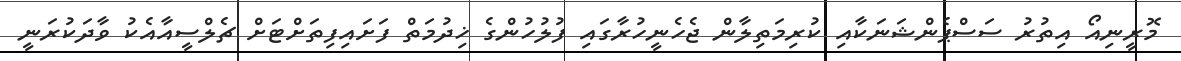
މޮރީނިއޯ އިތުރު ސަސްޕެންޝަނަކާއި ކުރިމަތިލާން ޖެހެނީހުރާގައި ފުލުހުންގެ ޚިދުމަތް ފަށައިފިތަށްޓަށް ޗެލްސީއާއެކު ވާދަކުރަނީ